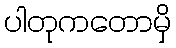
ပါတုကတောမှိ